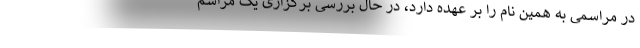
در مراسمی به همین نام را بر عهده دارد، در حال بررسی برگزاری یک مراسم